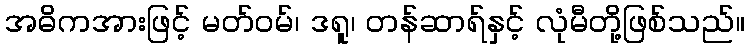
အဓိကအားဖြင့် မတ်ဝမ်၊ ဒရူ၊ တန်ဆာရ်နှင့် လုံမီတို့ဖြစ်သည်။